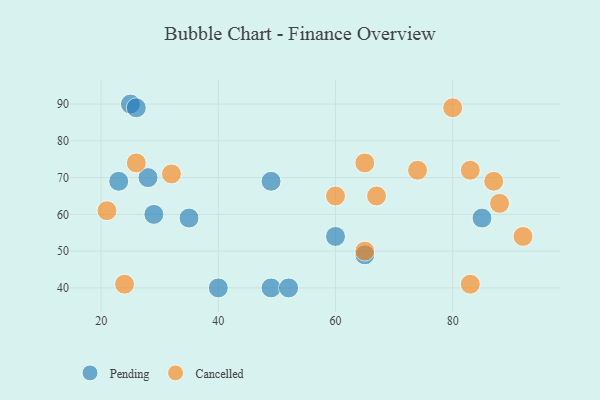
{"axis": {"x": "GDP", "y": "Life Expectancy"}, "legend": ["Cancelled", "Pending"], "data": [{"x": "60", "y": 54, "type": "Pending"}, {"x": "85", "y": 59, "type": "Pending"}, {"x": "25", "y": 90, "type": "Pending"}, {"x": "28", "y": 70, "type": "Pending"}, {"x": "40", "y": 40, "type": "Pending"}, {"x": "35", "y": 59, "type": "Pending"}, {"x": "49", "y": 69, "type": "Pending"}, {"x": "29", "y": 60, "type": "Pending"}, {"x": "23", "y": 69, "type": "Pending"}, {"x": "49", "y": 40, "type": "Pending"}, {"x": "26", "y": 89, "type": "Pending"}, {"x": "52", "y": 40, "type": "Pending"}, {"x": "65", "y": 49, "type": "Pending"}, {"x": "88", "y": 63, "type": "Cancelled"}, {"x": "67", "y": 65, "type": "Cancelled"}, {"x": "65", "y": 50, "type": "Cancelled"}, {"x": "83", "y": 72, "type": "Cancelled"}, {"x": "74", "y": 72, "type": "Cancelled"}, {"x": "87", "y": 69, "type": "Cancelled"}, {"x": "32", "y": 71, "type": "Cancelled"}, {"x": "21", "y": 61, "type": "Cancelled"}, {"x": "92", "y": 54, "type": "Cancelled"}, {"x": "80", "y": 89, "type": "Cancelled"}, {"x": "65", "y": 74, "type": "Cancelled"}, {"x": "26", "y": 74, "type": "Cancelled"}, {"x": "60", "y": 65, "type": "Cancelled"}, {"x": "24", "y": 41, "type": "Cancelled"}, {"x": "83", "y": 41, "type": "Cancelled"}]}